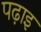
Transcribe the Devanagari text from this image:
पढ़ाइ